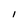
Character: I